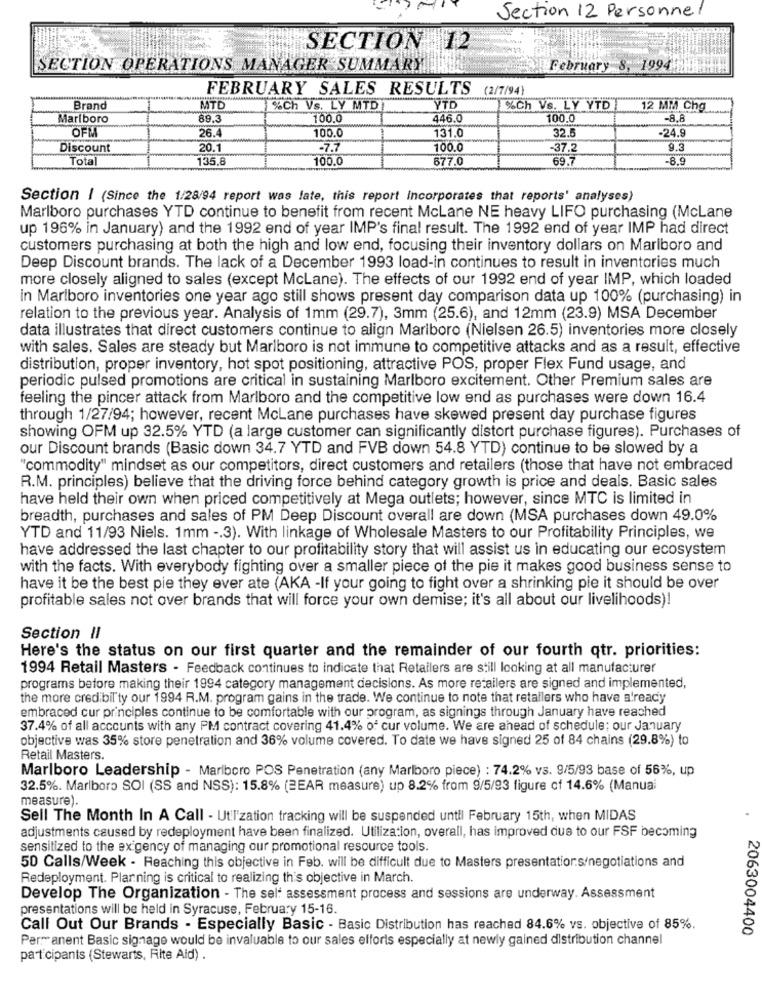
Section 12 Personnel
SECTION 12
SECTION OPERATIONS MANAGER SUMMARY
February 8, 1994:
FEBRUARY SALES RESULTS
(2/7/94}
Brand
MTD
%Ch Vs. LY MTDI
YTD
%Ch Vs. LY YTD
12 MM Chg
Marlboro
89.3
100.0
446.0
100.0
-8.8
OFM
100.0
131.0
32.5
-24.9
26.4
Discount
20.
-7.7
100.0
-37.2
9.3
Total
135.8
100.0
677.0
69.7
-8.9
Section | (Since the 1/28/94 report was late, this report Incorporates that reports' analyses)
Marlboro purchases YTD continue to benefit from recent McLane NE heavy LIFO purchasing (McLane
up 196% in January) and the 1992 end of year IMP's final result. The 1992 end of year IMP had direct
customers purchasing at both the high and low end, focusing their inventory dollars on Marlboro and
Deep Discount brands. The lack of a December 1993 load-in continues to result in inventories much
more closely aligned to sales (except McLane). The effects of our 1992 end of year IMP, which loaded
in Marlboro inventories one year ago still shows present day comparison data up 100% (purchasing) in
relation to the previous year. Analysis of 1mm (29.7), 3mm (25.6), and 12mm (23.9) MSA December
data illustrates that direct customers continue to align Marlboro (Nielsen 26.5) inventories more closely
with sales. Sales are steady but Marlboro is not immune to competitive attacks and as a result, effective
distribution, proper inventory, hot spot positioning, attractive POS, proper Flex Fund usage, and
periodic pulsed promotions are critical in sustaining Marlboro excitement. Other Premium sales are
feeling the pincer attack from Marlboro and the competitive low end as purchases were down 16.4
through 1/27/94; however, recent McLane purchases have skewed present day purchase figures
showing OFM up 32.5% YTD (a large customer can significantly distort purchase figures). Purchases of
our Discount brands (Basic down 34.7 YTD and FVB down 54.8 YTD) continue to be slowed by a
"commodity" mindset as our competitors, direct customers and retailers (those that have not embraced
R.M. principles) believe that the driving force behind category growth is price and deals. Basic sales
have held their own when priced competitively at Mega outlets; however, since MTC is limited in
breadth, purchases and sales of PM Deep Discount overall are down (MSA purchases down 49.0%
YTD and 11/93 Niels. 1mm -. 3). With linkage of Wholesale Masters to our Profitability Principles, we
have addressed the last chapter to our profitability story that will assist us in educating our ecosystem
with the facts. With everybody fighting over a smaller piece of the pie it makes good business sense to
have it be the best pie they ever ate (AKA -If your going to fight over a shrinking pie it should be over
profitable sales not over brands that will force your own demise; it's all about our livelihoods)!
Section II
Here's the status on our first quarter and the remainder of our fourth qtr. priorities:
1994 Retail Masters - Feedback continues to indicate that Retailers are still looking at all manufacturer
programs before making their 1994 category management decisions. As more retailers are signed and implemented,
the more credibil ty our 1994 R.M. program gains in the trade. We continue to note that retailers who have already
embraced cur principles continue to be comfortable with our program, as signings through January have reached
37.4% of all accounts with any PM contract covering 41.4% of cur volume. We are ahead of schedule; our January
objective was 35% store penetration and 36% volume covered. To date we have signed 25 of 84 chains (29.8%) to
Retail Masters.
Marlboro Leadership - Mariboro POS Penetration (any Marlboro piece) : 74.2% vs. 9/5/93 base of 56%, up
32.5%. Marlboro SOI (SS and NSS): 15.8% (2EAR measure) up 8.2% from 9/5/93 figure of 14.6% (Manual
measure).
Sell The Month In A Call - Ut'I'zation tracking will be suspended until February 15th, when MIDAS
adjustments caused by redeployment have been finalized. Utilization, overall, has improved due to our FSF becoming
sensitized to the exigency of managing our promotional resource tools.
50 Calls/Week - Reaching this objective in Feb. will be difficult due to Masters presentatior.s/negotiations and
Redeployment. Plarning is critical to realizing th's objective in March.
Develop The Organization - The self assessment process and sessions are underway. Assessment
presentations will be held in Syracuse, February 15-16.
Call Out Our Brands - Especially Basic - Basic Distribution has reached 84.6% vs. objective of 85%.
2063004400
Permanent Basic signage would be invaluable to our sales efforts especially at newly gained distribution channel
pal cipants (Stewarts, Filte Aid) .